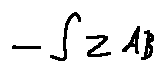
- \int z d \beta